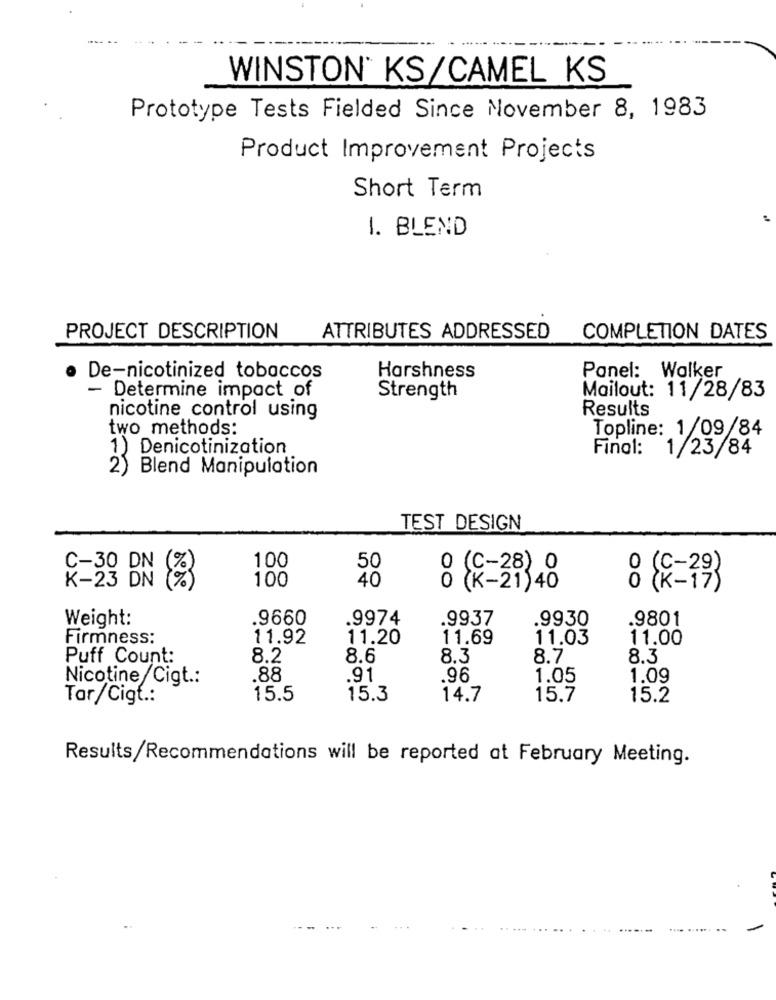
WINSTON* KS/CAMEL KS
Prototype Tests Fielded Since November 8, 1983
Product Improvement Projects
Short Term
1. BLEND
PROJECT DESCRIPTION
ATTRIBUTES ADDRESSED
COMPLETION DATES
· De-nicotinized tobaccos
Harshness
Panel: Walker
- Determine impact of
Strength
Mailout: 11/28/83
Results
nicotine control using
two methods:
Topline: 1/09/84
1) Denicotinization
Final:
1/23/84
2) Blend Manipulation
TEST DESIGN
C-30 DN
100
50
0 (C-28) 0
K-23 DN
100
40
Õ (K-21)40
: (R=29)
Weight:
.9660
.9974
.9937
.9930
.9801
Firmness:
11.92
11.20
11.69
11.03
11.00
Puff Count:
8.2
8.6
8.3
8.7
8.3
Nicotine Cigt .:
.88
.91
.96
1.05
1.09
Tar/Cigt .:
15.5
15.3
14.7
15.7
15.2
Results/Recommendations will be reported at February Meeting.
.. ...... ..